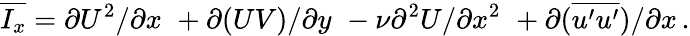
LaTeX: \overline{{I_{x}}}=\partial U^{2}/\partial x\, \, +\partial(UV)/\partial y\, \, -\nu\partial^{2}U/\partial x^{2}\, \, +\partial(\overline{{u^{\prime}u^{\prime}}})/\partial x\, .